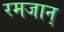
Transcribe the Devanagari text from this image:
रमजान्